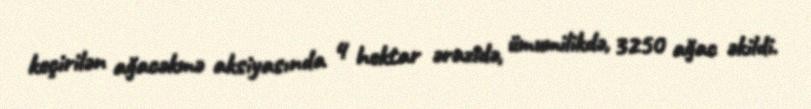
keçirilən ağacəkmə aksiyasında 4 hektar ərazidə, ümumilikdə, 3250 ağac əkildi.